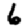
Digit: 6